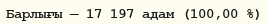
Барлығы — 17 197 адам (100,00 %)